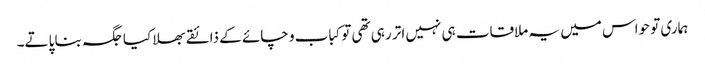
ہماری تو حواس میں یہ ملاقات ہی نہیں اتر رہی تھی توکباب و چائے کے ذائقے بھلا کیا جگہ بنا پاتے۔